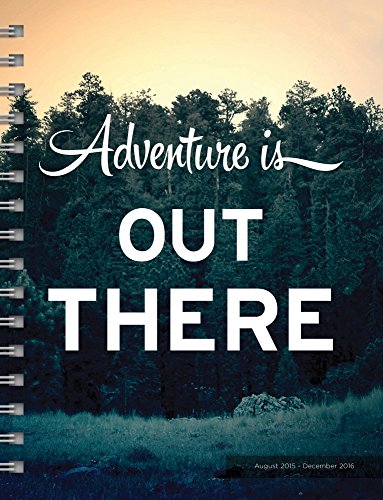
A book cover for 2016 Soar 17 Month Spiral Planner; TF Publishing; Calendars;